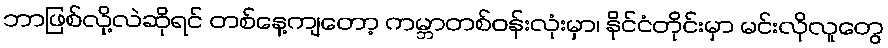
ဘာဖြစ်လို့လဲဆိုရင် တစ်နေ့ကျတော့ ကမ္ဘာတစ်ဝန်းလုံးမှာ၊ နိုင်ငံတိုင်းမှာ မင်းလိုလူတွေ